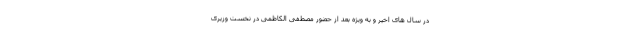
در سال های اخیر و به ویژه بعد از حضور مصطفی الکاظمی در نخست وزیری